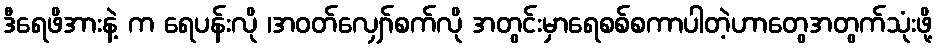
ဒီရေဖိအားနဲ့ က ရေပန်းလို ၊အဝတ်လျှော်စက်လို အတွင်းမှာရေစစ်စကာပါတဲ့ဟာတွေအတွက်သုံးဖို့